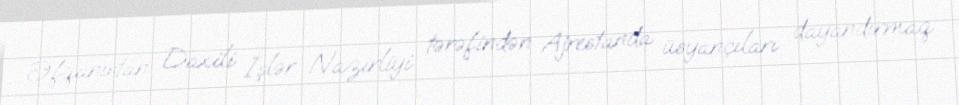
Əfqanıstan Daxili İşlər Nazirliyi tərəfindən Ajrestanda üsyançıları dayandırmaq